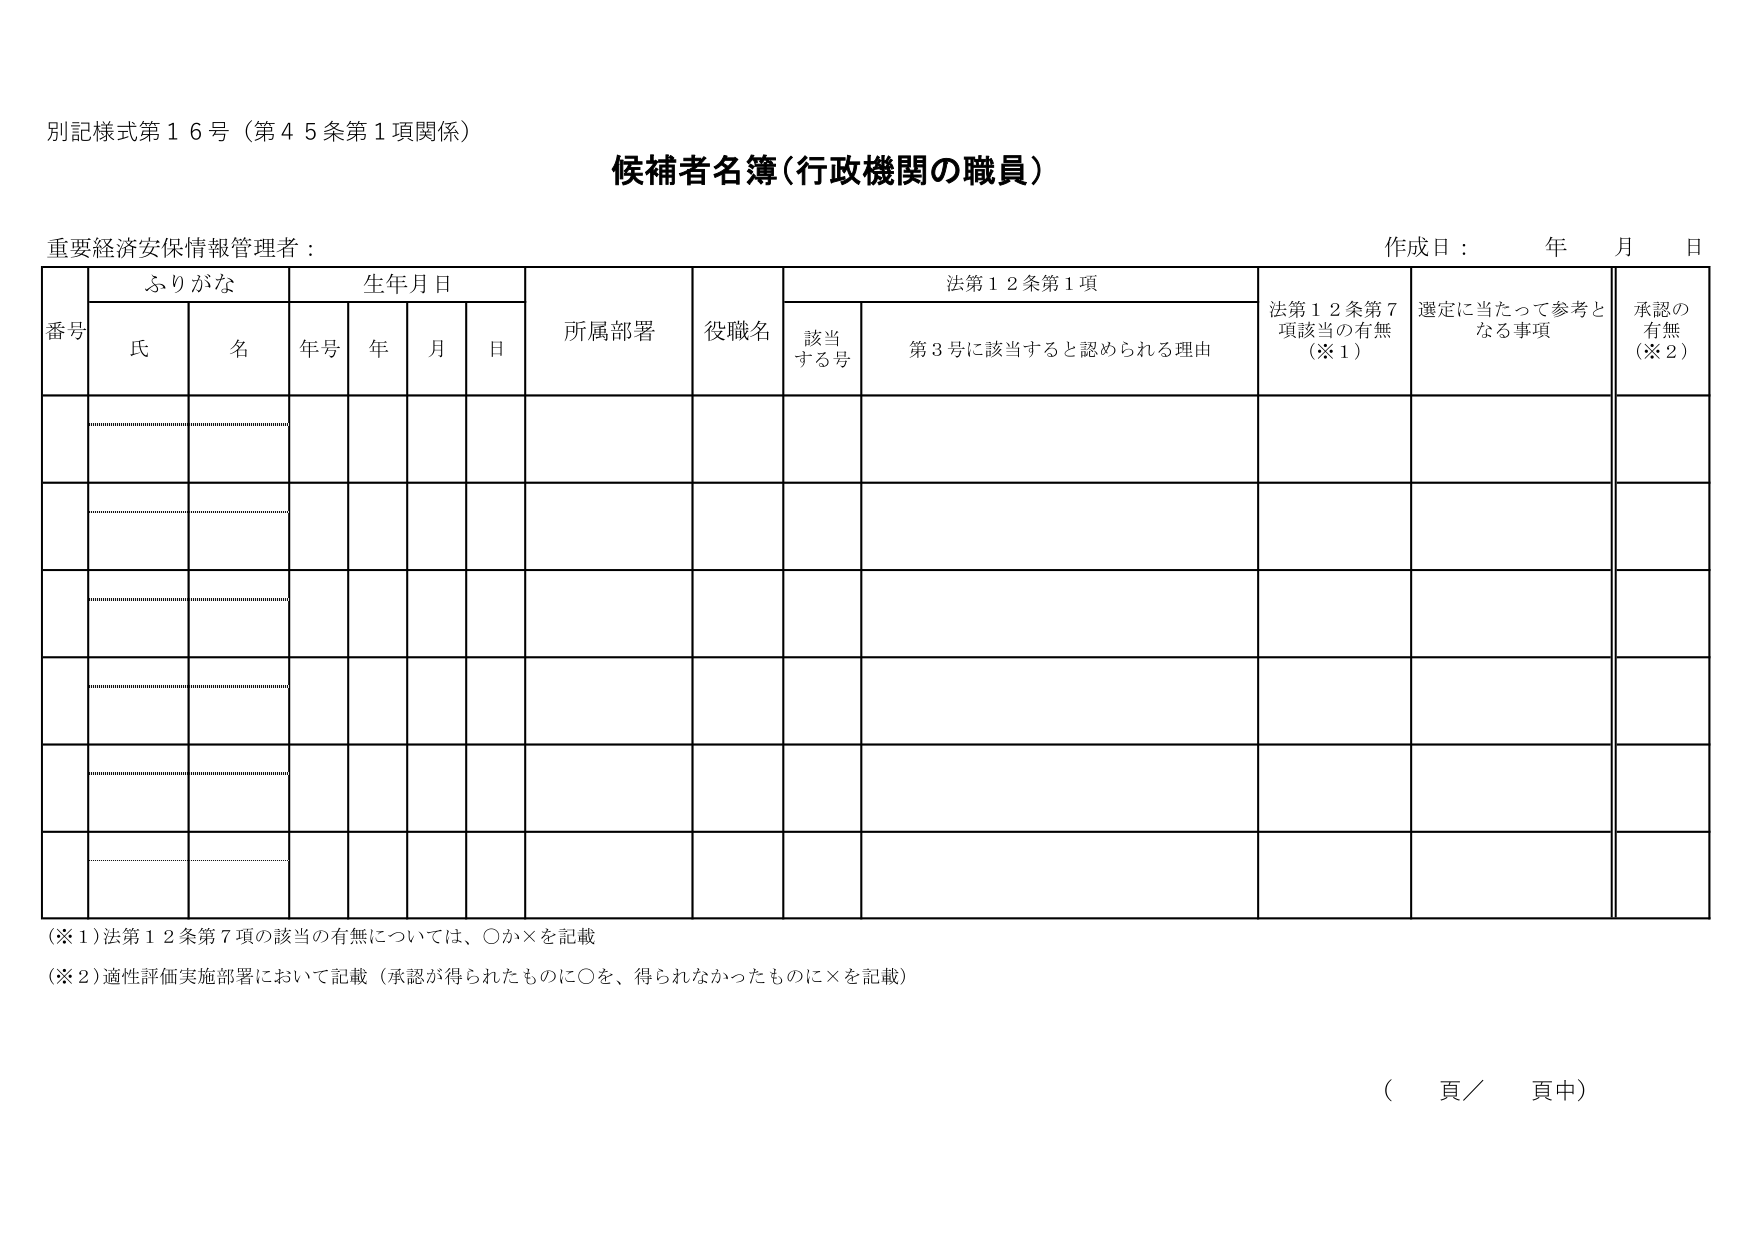
別記様式第１６号（第４５条第１項関係）

候補者名簿（行政機関の職員）

重要経済安保情報管理者：

作成日：　　年　　月　　日

番号　　ふりがな　　生年月日　　所属部署　　役職名　　法第１２条第１項　　法第１２条第７項該当の有無（※１）　　選定に当たって参考となる事項　　承認の有無（※２）

　　　　氏　　　名　　　年号　　年　　月　　日　　　　　　　　　　　　該当する号　　　第３号に該当すると認められる理由

（※１）法第１２条第７項の該当の有無については、○か×を記載

（※２）適性評価実施部署において記載（承認が得られたものに○を、得られなかったものに×を記載）

（　　頁／　　頁中）